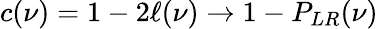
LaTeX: c(\nu)=1-2\ell(\nu)\to 1-P_{LR}(\nu)